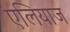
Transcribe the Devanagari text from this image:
एलियाज